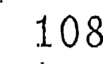
108